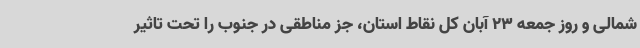
شمالی و روز جمعه 23 آبان کل نقاط استان، جز مناطقی در جنوب را تحت تاثیر